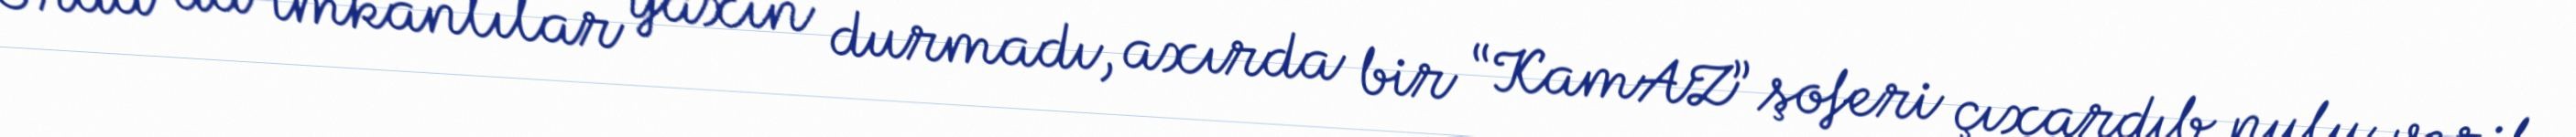
Orda da imkanlılar yaxın durmadı, axırda bir “KamAZ” şoferi çıxardıb pulu verib